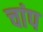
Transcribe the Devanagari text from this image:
चांप